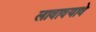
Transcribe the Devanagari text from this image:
लावावयावे